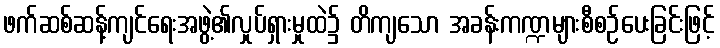
ဖက်ဆစ်ဆန့်ကျင်ရေးအဖွဲ့၏လှုပ်ရှားမှုထဲ၌ တိကျသော အခန်းကဏ္ဍများစီစဉ်ပေးခြင်းဖြင့်